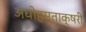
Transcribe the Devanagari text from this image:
अधोहस्ताक्षरी